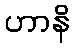
ဟာနိ